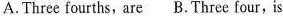
A. Three fourths,are B. Three four, is